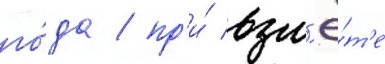
го́да / пр'и́ взл'ё́т'е